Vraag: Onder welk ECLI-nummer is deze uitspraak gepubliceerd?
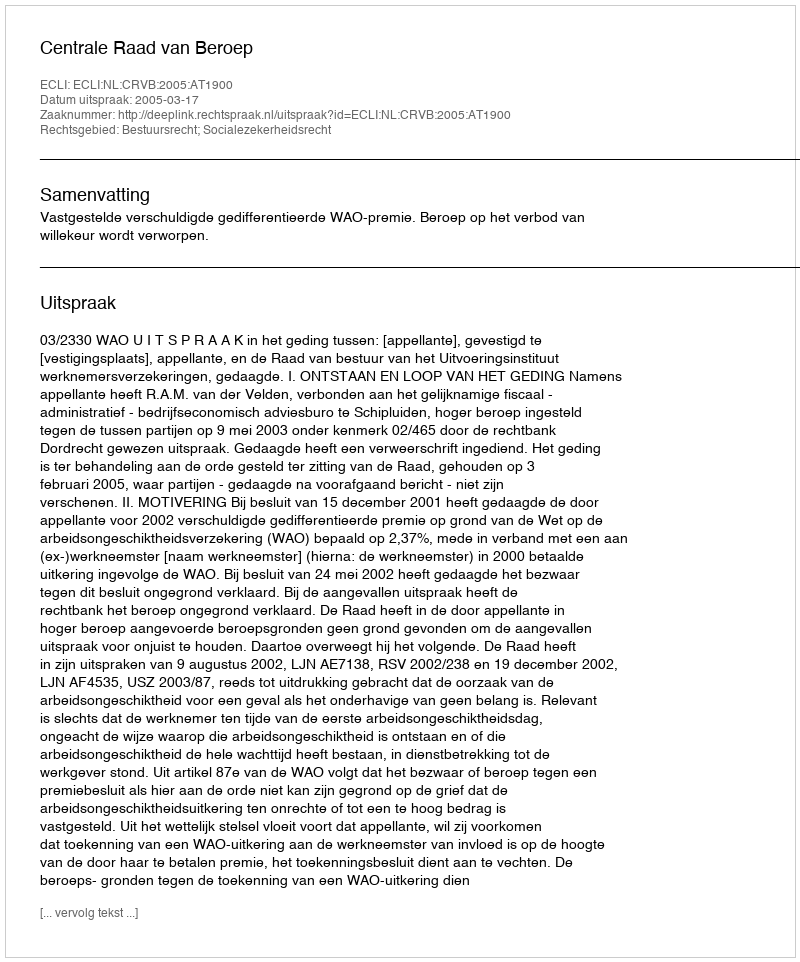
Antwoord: ECLI:NL:CRVB:2005:AT1900